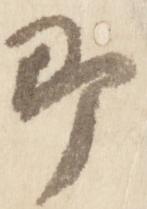
即